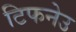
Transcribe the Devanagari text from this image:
टिफनेउ